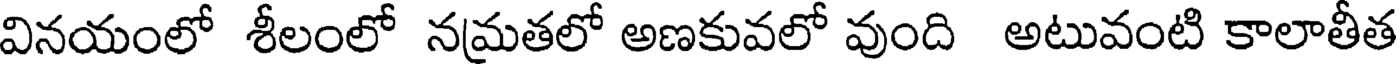
వినయంలో శీలంలో నమతలో అణకువలో వుంది అటువంటి కాలాతీత